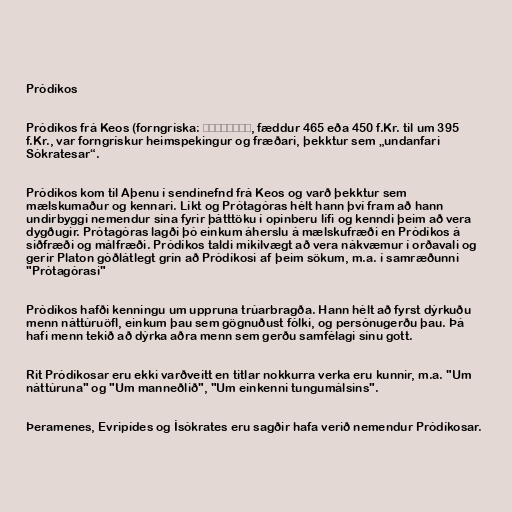
Pródíkos

Pródíkos frá Keos (forngríska: Πρόδικος, fæddur 465 eða 450 f.Kr. til um 395
f.Kr., var forngrískur heimspekingur og fræðari, þekktur sem „undanfari
Sókratesar“.

Pródíkos kom til Aþenu í sendinefnd frá Keos og varð þekktur sem
mælskumaður og kennari. Líkt og Prótagóras hélt hann því fram að hann
undirbyggi nemendur sína fyrir þátttöku í opinberu lífi og kenndi þeim að vera
dygðugir. Prótagóras lagði þó einkum áherslu á mælskufræði en Pródíkos á
siðfræði og málfræði. Pródíkos taldi mikilvægt að vera nákvæmur í orðavali og
gerir Platon góðlátlegt grín að Pródíkosi af þeim sökum, m.a. í samræðunni
"Prótagórasi"

Pródíkos hafði kenningu um uppruna trúarbragða. Hann hélt að fyrst dýrkuðu
menn náttúruöfl, einkum þau sem gögnuðust fólki, og persónugerðu þau. Þá
hafi menn tekið að dýrka aðra menn sem gerðu samfélagi sínu gott.

Rit Pródíkosar eru ekki varðveitt en titlar nokkurra verka eru kunnir, m.a. "Um
náttúruna" og "Um manneðlið", "Um einkenni tungumálsins".

Þeramenes, Evripídes og Ísókrates eru sagðir hafa verið nemendur Pródíkosar.